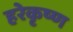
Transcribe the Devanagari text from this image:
हरेकृष्‍ण